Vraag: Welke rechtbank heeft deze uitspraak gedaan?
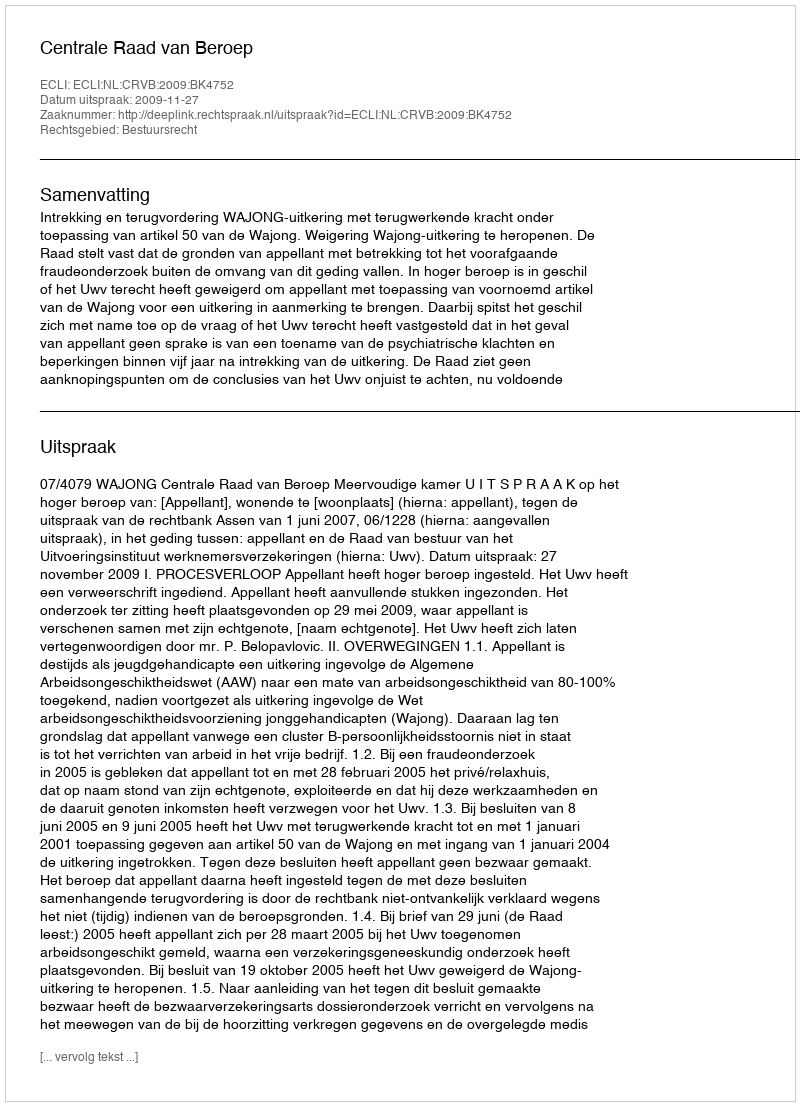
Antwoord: Centrale Raad van Beroep